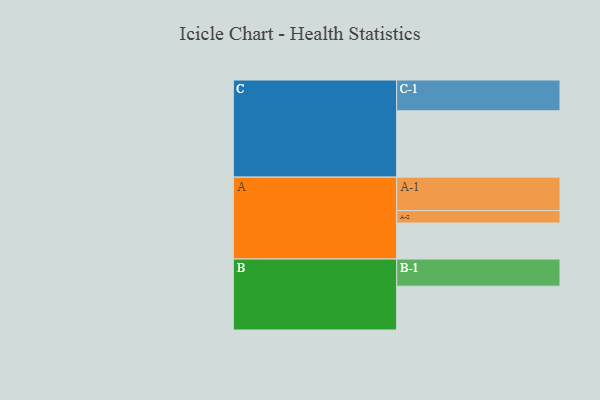
{"axis": {"x": "Segment", "y": "Value"}, "legend": ["", "A", "B", "C"], "data": [{"x": "A", "y": 312, "type": ""}, {"x": "B", "y": 380, "type": ""}, {"x": "C", "y": 575, "type": ""}, {"x": "A-1", "y": 290, "type": "A"}, {"x": "A-2", "y": 108, "type": "A"}, {"x": "B-1", "y": 235, "type": "B"}, {"x": "C-1", "y": 267, "type": "C"}]}